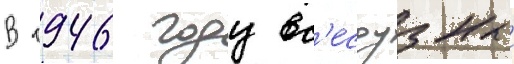
В 1946 году вс'есоузныи